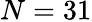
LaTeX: N=31